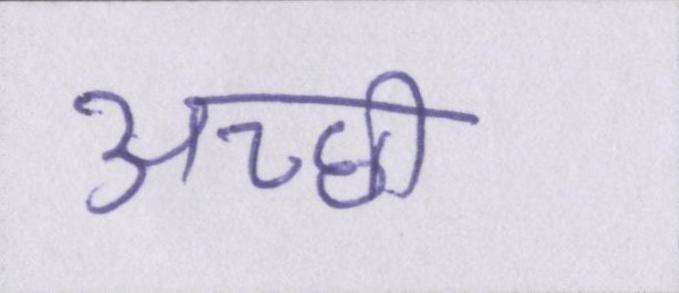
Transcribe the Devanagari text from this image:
अच्छी